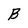
Character: B